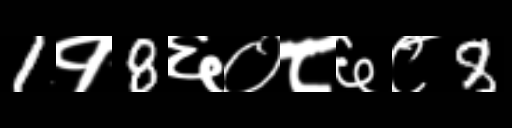
Text: 1१8६०८६८8